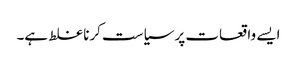
ایسے واقعات پر سیاست کرنا غلط ہے۔